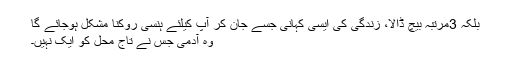
بلکہ 3مرتبہ بیچ ڈالا، زندگی کی ایسی کہانی جسے جان کر آپ کیلئے ہنسی روکنا مشکل ہوجائے گا
وہ آدمی جس نے تاج محل کو ایک نہیں۔